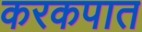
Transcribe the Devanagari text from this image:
करकपात